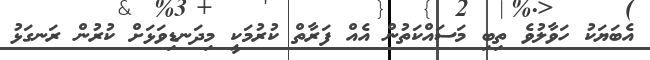
އެބަޔަކު ހަވާލުވެ ތިބި މަސައްކަތުން އެއް ފަރާތް ކުރުމަކީ މިދަނޑިވަޅަށް ކުރުން ރަނގަޅު